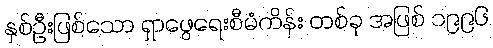
နှစ်ဦးဖြစ်သော ရှာဖွေရေးစီမံကိန်း တစ်ခု အဖြစ် ၁၉၉၆